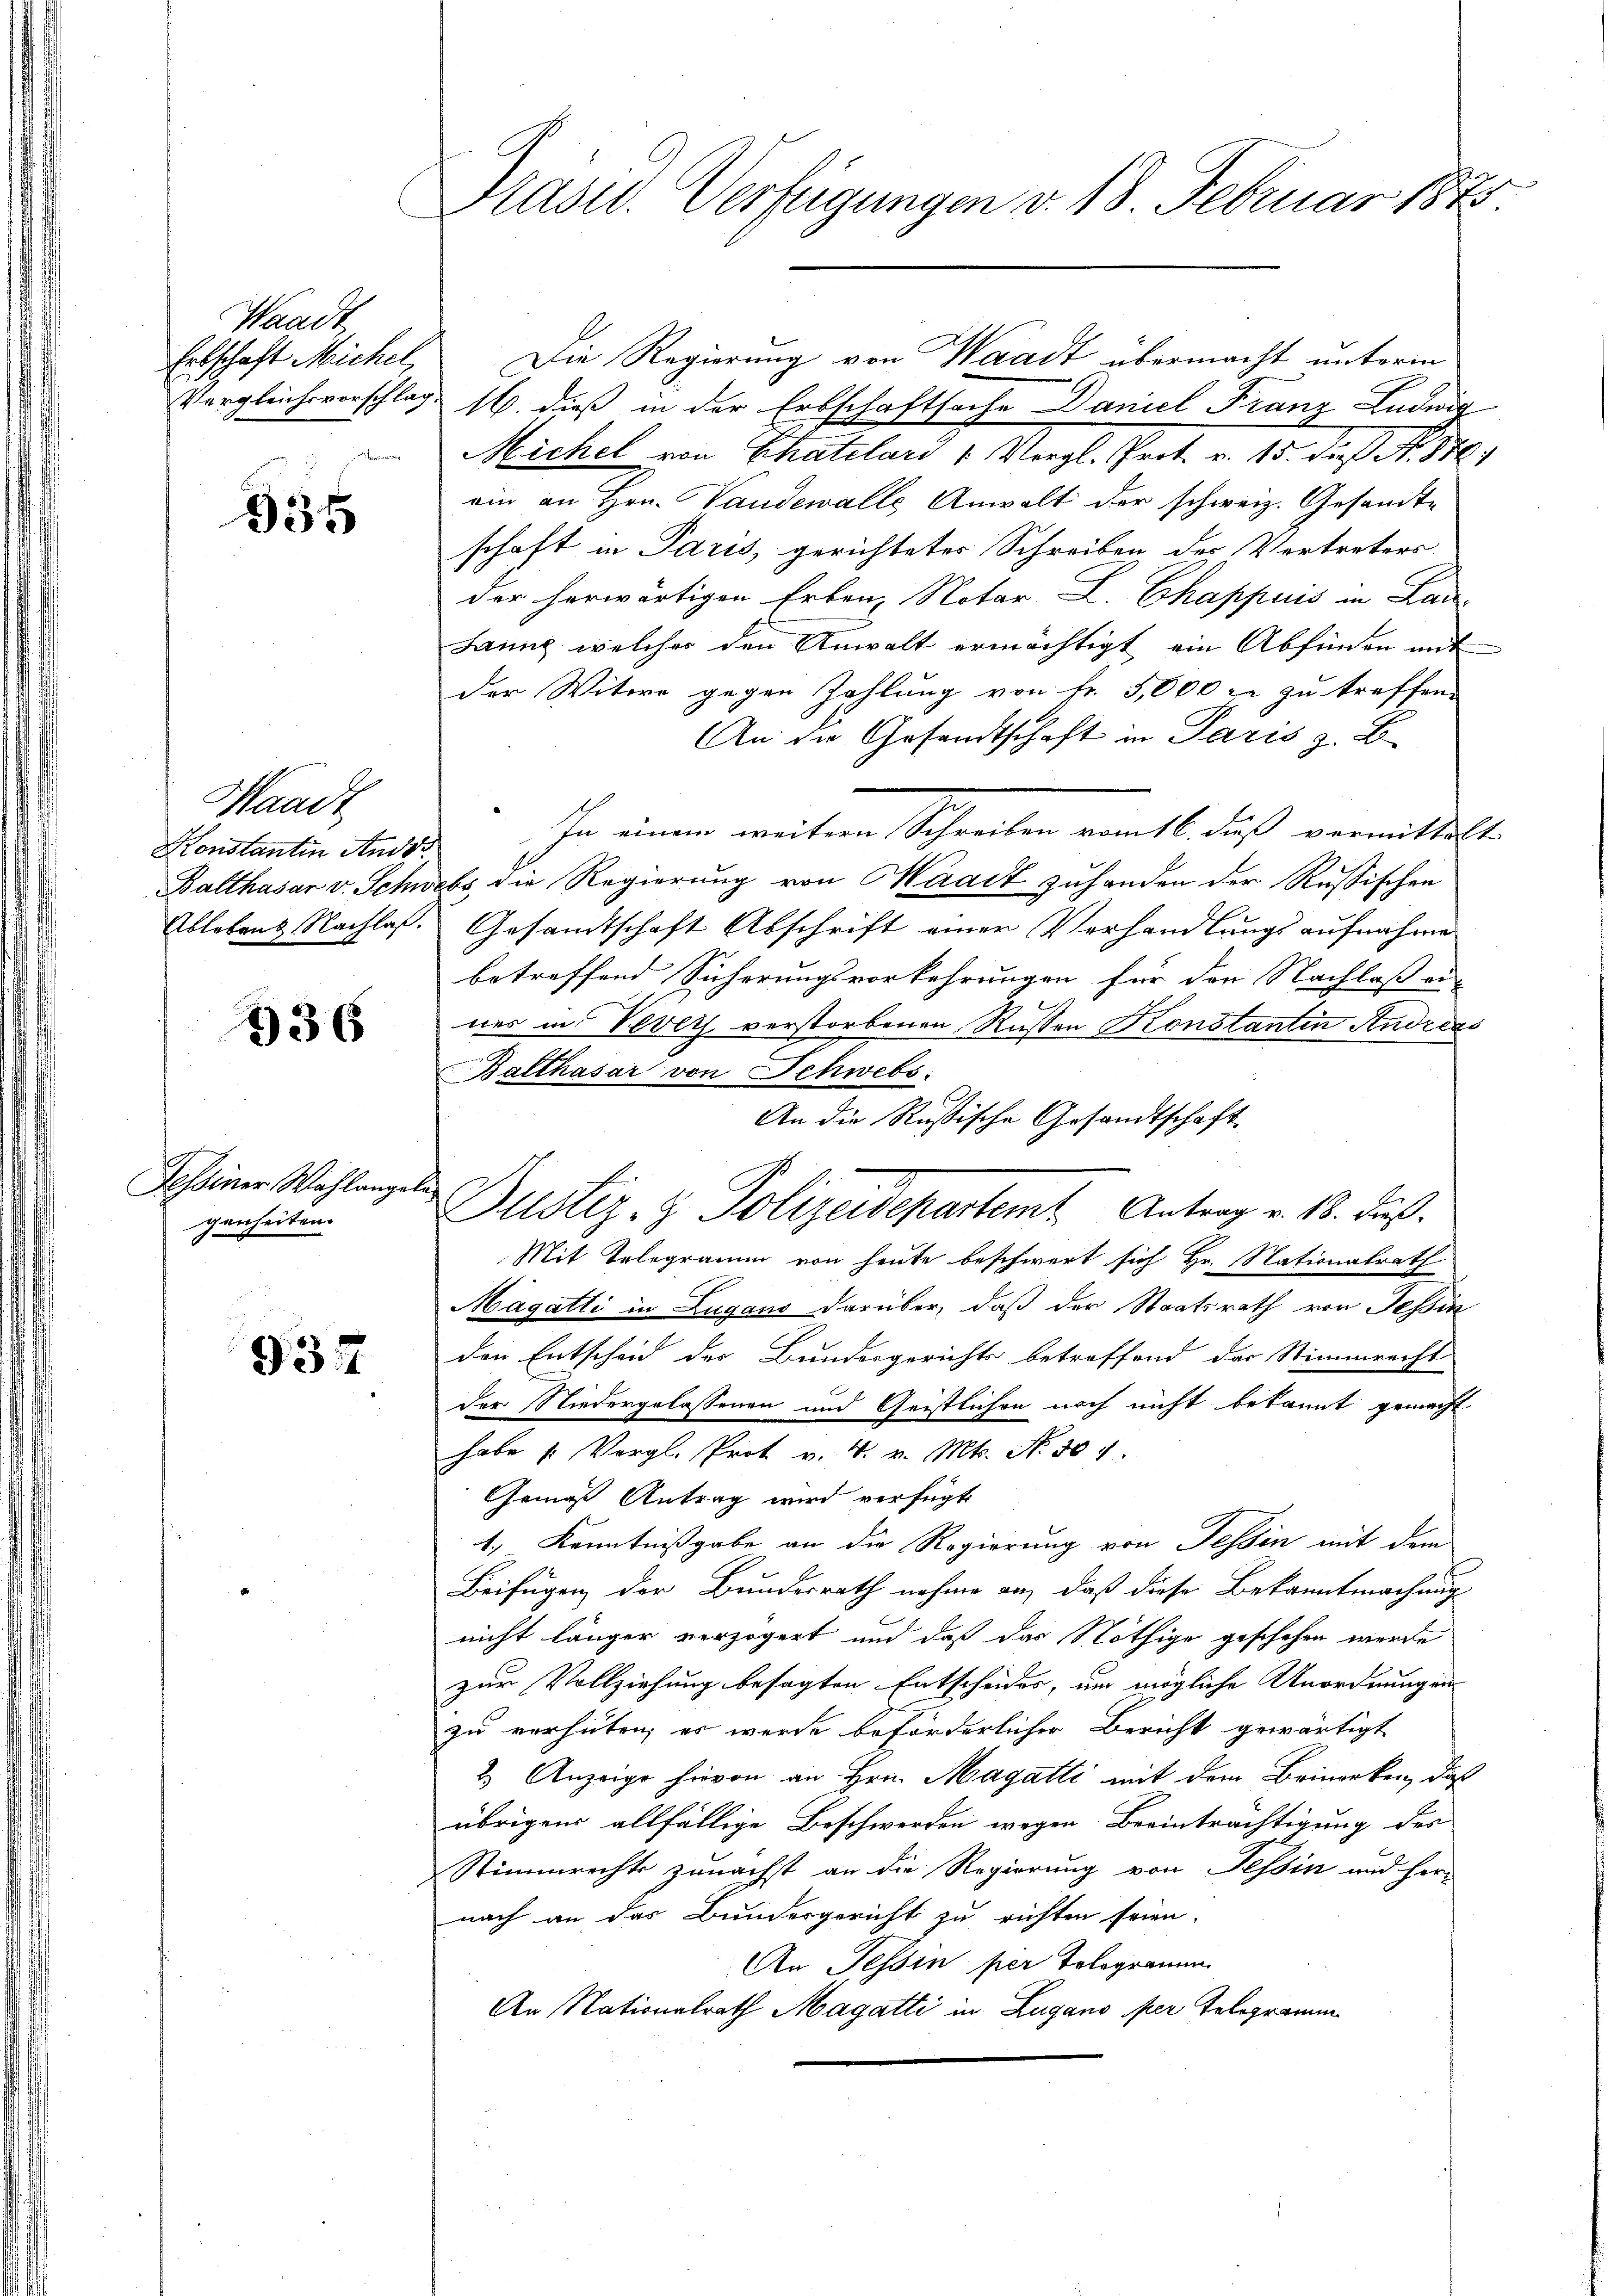
Waadt
Ertschaft Michel,
Vergleichsvorschlag

335

Waadt
Konstantin Ander
Balthasar v. Schn
Ablebend Nachlaß.

336

Tessiner Wahlange
genheiten.

937

Präsid. Verfügungen v. 18. Februar 1848

An die Rußische Gesandtschaft.
le
Justiz- & Polizeidepartemt Antrag v. 18. Fuß.

16. dieß in der Erbschaftsache Daniel Franz Ludwig
Michel von Schatelari / Vergl. Prot. v. 15. daß No. 876/
ein an Hrn. Vaudewalle Anwalt der schweiz. Gesandte
schaft in Paris, gerichtetes Schreiben der Vertreters
der herwärtigen Erbenz Notar L. Chappuis in Lan
Launz, welches den Anwalt ermächtigt, ein Abfinden mit
der Witwe gegen Zahlung von Fr. 5,000 fl zu treffen.
An die Gesandtschaft in Paris z. B.
In einem weitere Schreiben vom 16. Fuß vermittelt
ebs, die Regierung von Waadt zuhanden der Russischen
Gesandtschaft Abschrift einer Verhandlungs aufnahme
betreffend Sicherungsvorkehrungen für den Nachlaß ei-
nes in Vevey verstorbenen Russen Konstantin Andreas
Balthasar von Schwebs
Mit Telegramm von heute beschwert sich Hr. Nationalrath
Magatti in Lugano darüber, daß der Staatsrath von Tessin
den Entscheid der Bundesgerichts betreffend das Stimmrecht
der Niedergelassenen und Geistlichen noch nicht bekannt gemacht
habe (: Vergl. Prot v. 4. v. Mts. No. 504.
Gemäß Antrag wird verfügt
1.) Kenntnißgabe an die Regierung von Tessin mit dem
Beifügen der Bundesrath nahme an, daß diese Bekanntmachung
nicht länger verzögert und daß das Nöthige geschehen werde
zur Vollziehung besagten Entscheides, um mögliche Unordnungen
zu verhüten, es wurde beförderlicher Bericht gewärtigt
2.) Anzeige hievon an Hrn. Magatti mit dem Brinerken, daß
übrigens allfällige Beschwerden wegen Beeinträchtigung des
Stimmrechts zunächst an die Regierung von Tessin und her-
nach an das Bundergericht zu richten seien.
An Tessin per Tologramm
An Nationalrath Magatti in Zugano per Telegramm

Die Regierung von Waadt übermacht unterm